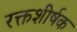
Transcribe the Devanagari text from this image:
रक्तशीर्षक